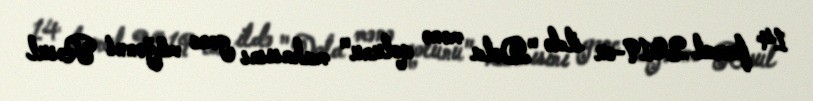
14 fevral 2019-cu ildə "Dola mənə qolunu" mahnısını gənc müğənni Rəsul